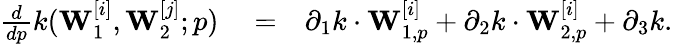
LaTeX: \begin{array}{rlr}{\frac{d}{dp}k(\mathbf{W}_{1}^{[i]},\mathbf{W}_{2}^{[j]};p)}&{{}=}&{\partial_{1}k\cdot\mathbf{W}_{1,p}^{[i]}+\partial_{2}k\cdot\mathbf{W}_{2,p}^{[i]}+\partial_{3}k.}\end{array}